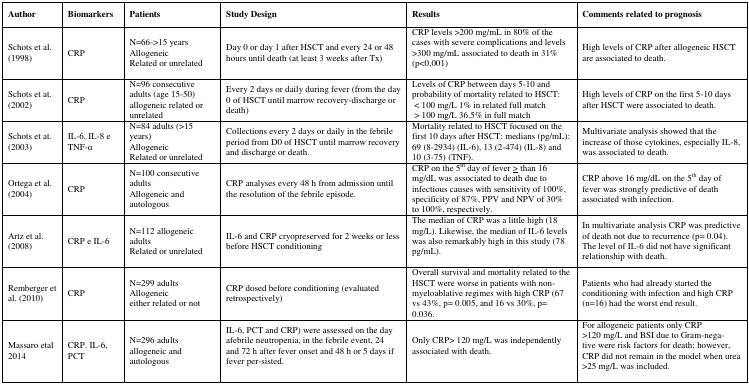
<table><thead><tr><td><b>Author</b></td><td><b>Biomarkers</b></td><td><b>Patients</b></td><td><b>Study Design</b></td><td><b>Results</b></td><td><b>Comments related to prognosis</b></td></tr></thead><tbody><tr><td>Schots et al. (1998)</td><td>CRP</td><td>N=66-&gt;15 yearsAllogeneicRelated or unrelated</td><td>Day 0 or day 1 after HSCT and every 24 or 48 hours until death (at least 3 weeks after Tx)</td><td>CRP levels &gt;200 mg/mL in 80% of the cases with severe complications and levels &gt;300 mg/mL associated to death in 31% (p&lt;0,001)</td><td>High levels of CRP after allogeneic HSCT are associated to death.</td></tr><tr><td>Schots et at. (2002)</td><td>CRP</td><td>N=96 consecutive adults (age 15–50) allogeneic related or unrelated</td><td>Every 2 days or daily during fever (from the day 0 of HSCT until marrow recovery-discharge or death)</td><td>Levels of CRP between days 5–10 and probability of mortality related to HSCT:&lt; 100 mg/L 1% in related full match&gt; 100 mg/L 36.5% in full match</td><td>High levels of CRP on the first 5–10 days after HSCT were associated to death.</td></tr><tr><td>Schots et at. (2003)</td><td>IL-6, IL-8 e TNF-α</td><td>N=84 adults (&gt;15 years)AllogeneicRelated or unrelated</td><td>Collections every 2 days or daily in the febrile period from D0 of HSCT until marrow recovery and discharge or death.</td><td>Mortality related to HSCT focused on the first 10 days after HSCT: medians (pg/mL): 69 (8–2934) (IL-6), 13 (2–474) (IL-8) and 10 (3–75) (TNF).</td><td>Multivariate analysis showed that the increase of those cytokines, especially IL-8, was associated to death.</td></tr><tr><td>Ortega et al. (2004)</td><td>CRP</td><td>N=100 consecutive adultsAllogeneic and autologous</td><td>CRP analyses every 48 h from admission until the resolution of the febrile episode.</td><td>CRP on the 5<sup>th</sup> day of fever ≥ than 16 mg/dL was associated to death due to infectious causes with sensitivity of 100%, specificity of 87%, PPV and NPV of 30% to 100%, respectively.</td><td>CRP above 16 mg/dL on the 5<sup>th</sup> day of fever was strongly predictive of death associated with infection.</td></tr><tr><td>Artz et al. (2008)</td><td>CRP e IL-6</td><td>N=112 allogeneic adultsRelated or unrelated</td><td>IL-6 and CRP cryopreserved for 2 weeks or less before HSCT conditioning</td><td>The median of CRP was a little high (18 mg/L). Likewise, the median of IL-6 levels was also remarkably high in this study (78 pg/mL).</td><td>In multivariate analysis CRP was predictive of death not due to recurrence (p= 0.04). The level of IL-6 did not have significant relationship with death.</td></tr><tr><td>Remberger et al. (2010)</td><td>CRP</td><td>N=299 adultsAllogeneic either related or not</td><td>CRP dosed before conditioning (evaluated retrospectively)</td><td>Overall survival and mortality related to the HSCT were worse in patients with non-myeloablative regimes with high CRP (67 vs 43%, p= 0.005, and 16 vs 30%, p= 0.036.</td><td>Patients who had already started the conditioning with infection and high CRP (n=16) had the worst end result.</td></tr><tr><td>Massaro etal 2014</td><td>CRP. IL-6, PCT</td><td>N=296 adults allogeneic and autologous</td><td>IL-6, PCT and CRP) were assessed on the day afebrile neutropenia, in the febrile event, 24 and 72 h after fever onset and 48 h or 5 days if fever per-sisted.</td><td>Only CRP&gt; 120 mg/L was independently associated with death.</td><td>For allogeneic patients only CRP &gt;120 mg/L and BSI due to Gram-negative were risk factors for death; however, CRP did not remain in the model when urea &gt;25 mg/L was included.</td></tr></tbody></table>